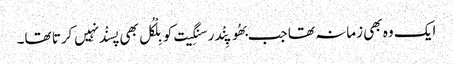
ایک وہ بھی زمانہ تھا جب بھُوپِنْدر سنگِیت کو بِلْکُل بھی پسنْد نہِیں کرتا تھا۔